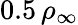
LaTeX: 0.5\, \rho_{\infty}